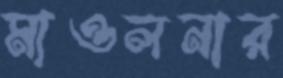
মাওলনার